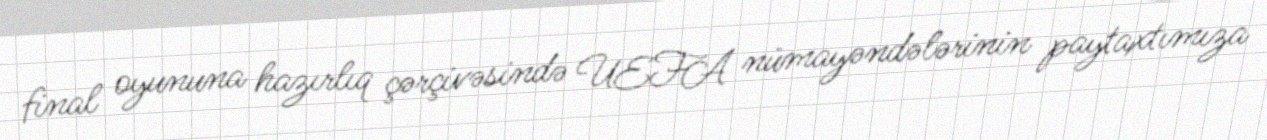
final oyununa hazırlıq çərçivəsində UEFA nümayəndələrinin paytaxtımıza